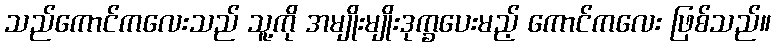
သည်ကောင်ကလေးသည် သူ့ကို အမျိုးမျိုးဒုက္ခပေးမည့် ကောင်ကလေး ဖြစ်သည်။